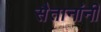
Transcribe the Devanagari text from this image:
सैतानांनी